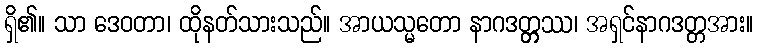
ရှိ၏။ သာ ဒေဝတာ၊ ထိုနတ်သားသည်။ အာယသ္မတော နာဂဒတ္တ္တဿ၊ အရှင်နာဂဒတ္တအား။